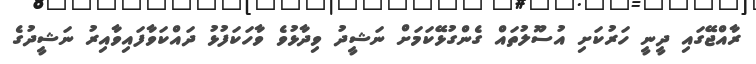
ރާއްޖޭގައި ދީނީ ހަރުކަށި އުސޫލުތައް ގެންގުޅޭކަމަށް ނަޝީދު ވިދާޅުވެ ވާހަކަފުޅު ދައްކަވާފައިވާއިރު ނަޝީދުގެ